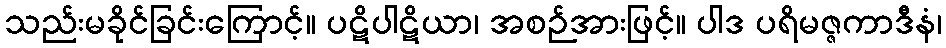
သည်းမခိုင်ခြင်းကြောင့်။ ပဋိပါဋိယာ၊ အစဉ်အားဖြင့်။ ပါဒ ပရိမဇ္ဇကာဒီနံ၊